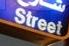
street